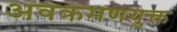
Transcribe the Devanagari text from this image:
अवक्रमणयुक्त